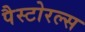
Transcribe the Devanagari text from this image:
पैस्टोरल्स